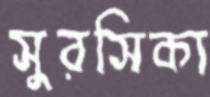
সুরসিকা